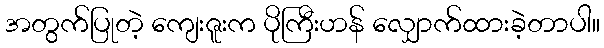
အတွက်ပြုတဲ့ ကျေးဇူးက ပိုကြီးဟန် လျှောက်ထားခဲ့တာပါ။